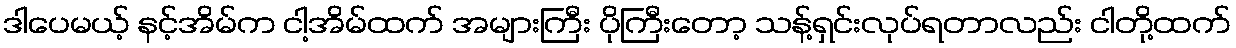
ဒါပေမယ့် နင့်အိမ်က ငါ့အိမ်ထက် အများကြီး ပိုကြီးတော့ သန့်ရှင်းလုပ်ရတာလည်း ငါတို့ထက်